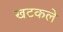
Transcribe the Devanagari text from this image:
खटकले